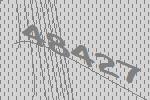
48427